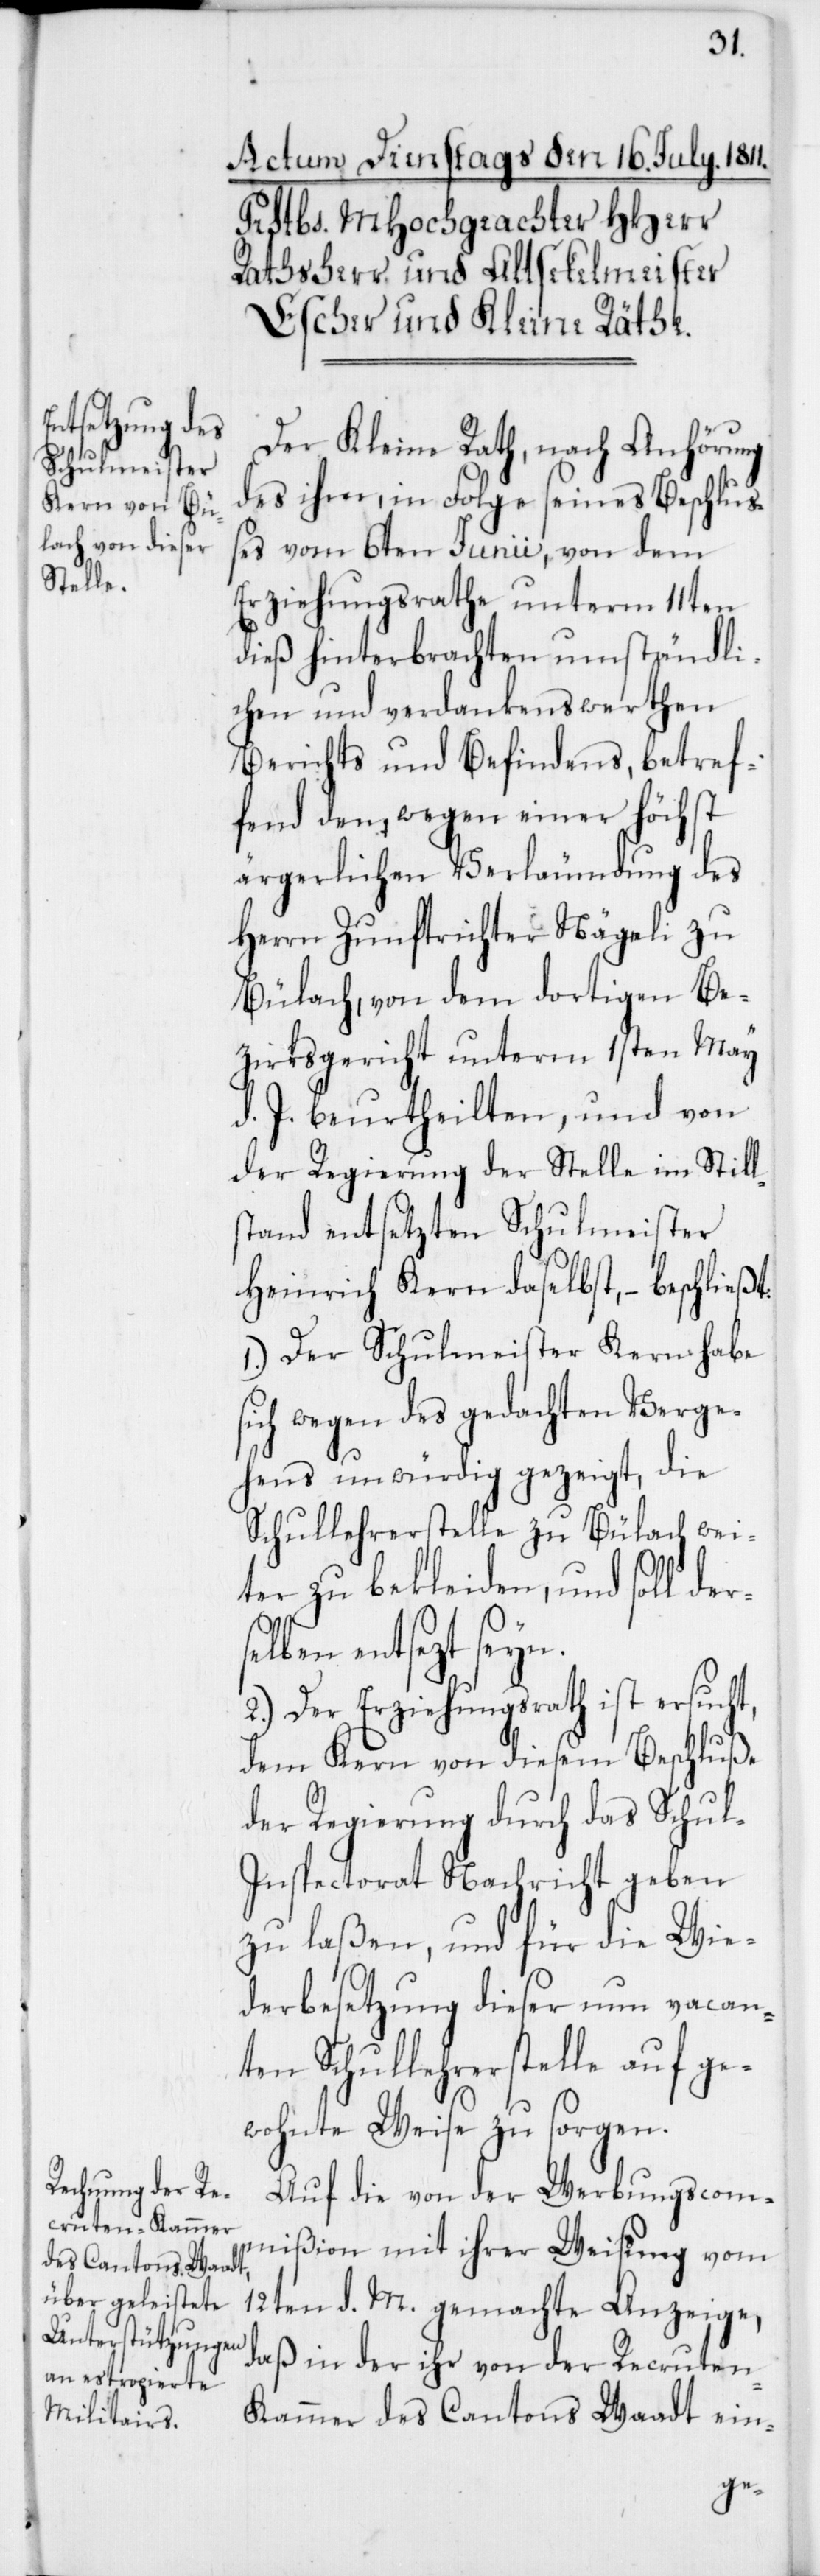
Der Kleine Rath, nach Anhörung
des ihm, in Folge seines Beschluß¬
es vom 6ten Junii, von dem
Erziehungsrathe unterm 11ten
dieß hinterbrachten umständli¬
chen und verdankenswerthen
Berichts und Befindens, betref¬
fend den, wegen einer höchst
ärgerlichen Verläumdung des
Herrn Zunftrichter Nägeli zu
Bülach, von dem dortigen Be¬
zirksgericht unterm 1sten May
d. J. beurtheilten, und von
der Regierung der Stelle im Still¬
stand entsetzten Schulmeister
Heinrich Kern daselbst, – beschließt:
1. Der Schulmeister Kern habe
ich wegen des gedachten Verge¬
hens unwürdig gezeigt, die
Schullehrerstelle zu Bülach wei¬
ter zu bekleiden, und soll der¬
selben entsezt seyn.
2. Der Erziehungsrath ist ersucht,
dem Kern von diesem Beschluße
der Regierung durch das Schul-I¬
nspectorat Nachricht geben
zu laßen, und für die Wie¬
derbesetzung dieser nun vacan¬
ten Schullehrerstelle auf ge¬
wohnte Weise zu sorgen.
Auf die von der Werbungscom¬
mißion mit ihrer Weisung vom
12ten d. M. gemachte Anzeige,
daß in der ihr von der Recruten-K¬
ammer des Cantons Waadt ein-
s¬